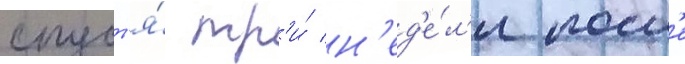
спуст'я́ тр'и́ н'ед'е́л'и посл'е